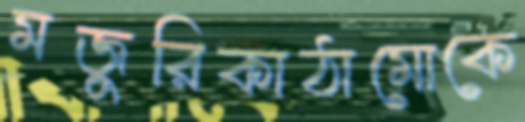
মজুরিকাঠামোকে